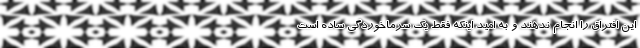
این افتراق را انجام ندهند و به امید اینکه فقط یک سرماخوردگی ساده است